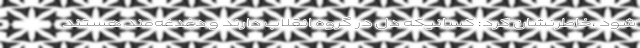
شود ،خاطرنشان کرد: کسانیکه دل در گروه انقلاب دارند و دغدغه‌مند هستند